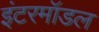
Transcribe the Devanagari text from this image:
इंटरमॉडल